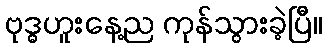
ဗုဒ္ဓဟူးနေ့ည ကုန်သွားခဲ့ပြီ။